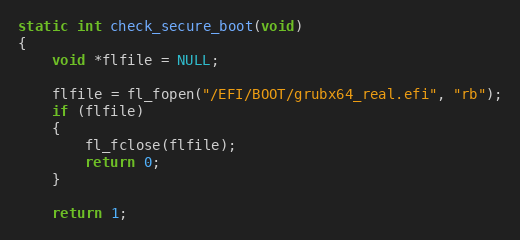
Language: C
static int check_secure_boot(void)
{
    void *flfile = NULL;

    flfile = fl_fopen("/EFI/BOOT/grubx64_real.efi", "rb");
    if (flfile)
    {
        fl_fclose(flfile);
        return 0;
    }

    return 1;